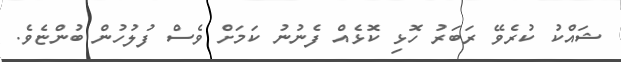
ޝައްކު ކުރެވޭ ރަބަރު ހޮޅި ކޮޅެއް ފެނުނު ކަމަށް ވެސް ފުލުހުން ބުންޏެވެ.